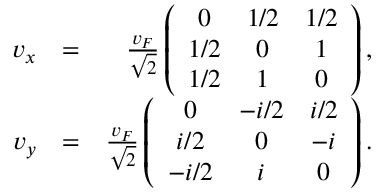
\begin{array} { r l r } { v _ { x } } & { = } & { \frac { v _ { F } } { \sqrt { 2 } } \left( \begin{array} { c c c } { 0 } & { 1 / 2 } & { 1 / 2 } \\ { 1 / 2 } & { 0 } & { 1 } \\ { 1 / 2 } & { 1 } & { 0 } \end{array} \right) , } \\ { v _ { y } } & { = } & { \frac { v _ { F } } { \sqrt { 2 } } \left( \begin{array} { c c c } { 0 } & { - i / 2 } & { i / 2 } \\ { i / 2 } & { 0 } & { - i } \\ { - i / 2 } & { i } & { 0 } \end{array} \right) . } \end{array}